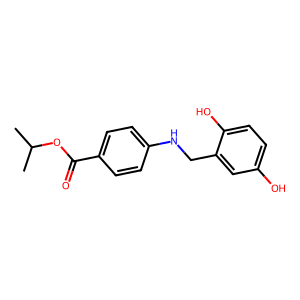
SMILES: CC(C)OC(=O)c1ccc(NCc2cc(O)ccc2O)cc1
Inhibits HIV replication: No